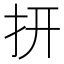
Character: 𮲏